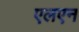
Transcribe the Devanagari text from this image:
एलएन